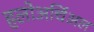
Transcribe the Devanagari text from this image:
हलोअर्चिअल